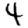
Digit: 4